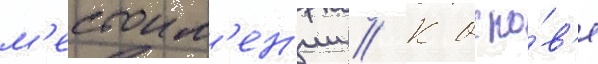
м'естоим'ен'ии // К осно́в'е